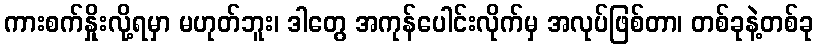
ကားစက်နှိုးလို့ရမှာ မဟုတ်ဘူး၊ ဒါတွေ အကုန်ပေါင်းလိုက်မှ အလုပ်ဖြစ်တာ၊ တစ်ခုနဲ့တစ်ခု